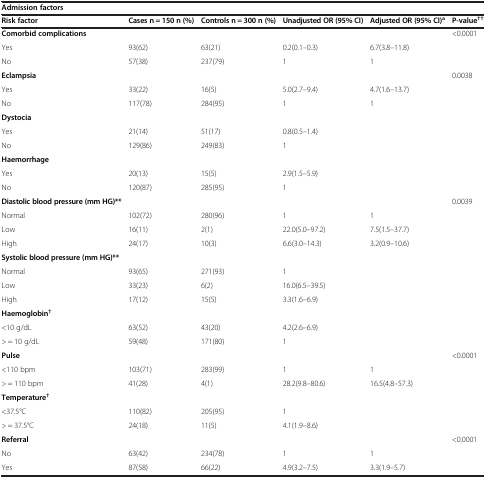
<table><thead><tr><td colspan="6"><b>Admission factors</b></td></tr><tr><td><b>Risk factor</b></td><td><b>Cases n = 150 n (%)</b></td><td><b>Controls n = 300 n (%)</b></td><td><b>Unadjusted OR (95% CI)</b></td><td><b>Adjusted OR (95% CI)<sup>a</sup></b></td><td><b>P-value<sup>††</sup></b></td></tr></thead><tbody><tr><td><b>Comorbid complications</b></td><td> </td><td> </td><td> </td><td> </td><td>&lt;0.0001</td></tr><tr><td>Yes</td><td>93(62)</td><td>63(21)</td><td>0.2(0.1–0.3)</td><td>6.7(3.8–11.8)</td><td> </td></tr><tr><td>No</td><td>57(38)</td><td>237(79)</td><td>1</td><td>1</td><td> </td></tr><tr><td><b>Eclampsia</b></td><td> </td><td> </td><td> </td><td> </td><td>0.0038</td></tr><tr><td>Yes</td><td>33(22)</td><td>16(5)</td><td>5.0(2.7–9.4)</td><td>4.7(1.6–13.7)</td><td> </td></tr><tr><td>No</td><td>117(78)</td><td>284(95)</td><td>1</td><td>1</td><td> </td></tr><tr><td><b>Dystocia</b></td><td> </td><td> </td><td> </td><td> </td><td> </td></tr><tr><td>Yes</td><td>21(14)</td><td>51(17)</td><td>0.8(0.5–1.4)</td><td> </td><td> </td></tr><tr><td>No</td><td>129(86)</td><td>249(83)</td><td>1</td><td> </td><td> </td></tr><tr><td><b>Haemorrhage</b></td><td> </td><td> </td><td> </td><td> </td><td> </td></tr><tr><td>Yes</td><td>20(13)</td><td>15(5)</td><td>2.9(1.5–5.9)</td><td> </td><td> </td></tr><tr><td>No</td><td>120(87)</td><td>285(95)</td><td>1</td><td> </td><td> </td></tr><tr><td><b>Diastolic blood pressure (mm HG)**</b></td><td> </td><td> </td><td> </td><td> </td><td>0.0039</td></tr><tr><td>Normal</td><td>102(72)</td><td>280(96)</td><td>1</td><td>1</td><td> </td></tr><tr><td>Low</td><td>16(11)</td><td>2(1)</td><td>22.0(5.0–97.2)</td><td>7.5(1.5–37.7)</td><td> </td></tr><tr><td>High</td><td>24(17)</td><td>10(3)</td><td>6.6(3.0–14.3)</td><td>3.2(0.9–10.6)</td><td> </td></tr><tr><td><b>Systolic blood pressure (mm HG)**</b></td><td> </td><td> </td><td> </td><td> </td><td> </td></tr><tr><td>Normal</td><td>93(65)</td><td>271(93)</td><td>1</td><td> </td><td> </td></tr><tr><td>Low</td><td>33(23)</td><td>6(2)</td><td>16.0(6.5–39.5)</td><td> </td><td> </td></tr><tr><td>High</td><td>17(12)</td><td>15(5)</td><td>3.3(1.6–6.9)</td><td> </td><td> </td></tr><tr><td><b>Haemoglobin</b><sup><b>†</b></sup></td><td> </td><td> </td><td> </td><td> </td><td> </td></tr><tr><td>&lt;10 g/dL</td><td>63(52)</td><td>43(20)</td><td>4.2(2.6–6.9)</td><td> </td><td> </td></tr><tr><td>&gt; = 10 g/dL</td><td>59(48)</td><td>171(80)</td><td>1</td><td> </td><td> </td></tr><tr><td><b>Pulse</b></td><td> </td><td> </td><td> </td><td> </td><td>&lt;0.0001</td></tr><tr><td>&lt;110 bpm</td><td>103(71)</td><td>283(99)</td><td>1</td><td>1</td><td> </td></tr><tr><td>&gt; = 110 bpm</td><td>41(28)</td><td>4(1)</td><td>28.2(9.8–80.6)</td><td>16.5(4.8–57.3)</td><td> </td></tr><tr><td><b>Temperature</b><sup><b>†</b></sup></td><td> </td><td> </td><td> </td><td> </td><td> </td></tr><tr><td>&lt;37.5°C</td><td>110(82)</td><td>205(95)</td><td>1</td><td> </td><td> </td></tr><tr><td>&gt; = 37.5°C</td><td>24(18)</td><td>11(5)</td><td>4.1(1.9–8.6)</td><td> </td><td> </td></tr><tr><td><b>Referral</b></td><td> </td><td> </td><td> </td><td> </td><td>&lt;0.0001</td></tr><tr><td>No</td><td>63(42)</td><td>234(78)</td><td>1</td><td>1</td><td> </td></tr><tr><td>Yes</td><td>87(58)</td><td>66(22)</td><td>4.9(3.2–7.5)</td><td>3.3(1.9–5.7)</td><td> </td></tr></tbody></table>